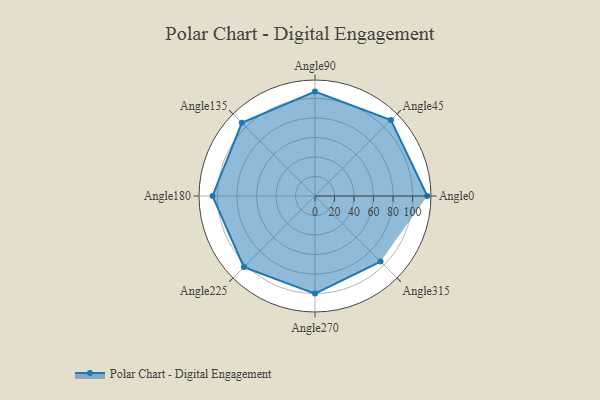
{"axis": {"x": "Angle", "y": "Radius"}, "legend": [""], "data": [{"x": "Angle0", "y": 115.0, "type": ""}, {"x": "Angle45", "y": 110.0, "type": ""}, {"x": "Angle90", "y": 107.0, "type": ""}, {"x": "Angle135", "y": 106.0, "type": ""}, {"x": "Angle180", "y": 105.0, "type": ""}, {"x": "Angle225", "y": 103.0, "type": ""}, {"x": "Angle270", "y": 100.0, "type": ""}, {"x": "Angle315", "y": 95.0, "type": ""}]}